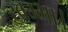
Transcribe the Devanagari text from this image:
खम्भा।